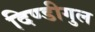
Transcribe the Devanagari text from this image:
दिण्डीगुल